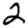
Digit: 2